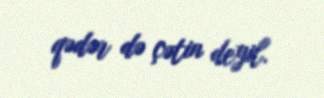
qədər də çətin deyil.